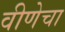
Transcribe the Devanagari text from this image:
वीणेचा